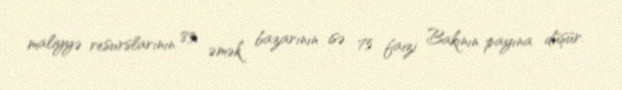
maliyyə resurslarının 85, əmək bazarının isə 75 faizi Bakının payına düşür.